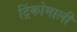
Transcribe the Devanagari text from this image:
ट्रिंकोमाली